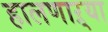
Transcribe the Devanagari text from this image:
हालणाऱ्या